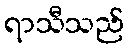
ရာသီသည်